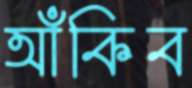
আঁকিব